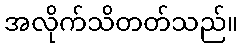
အလိုက်သိတတ်သည်။